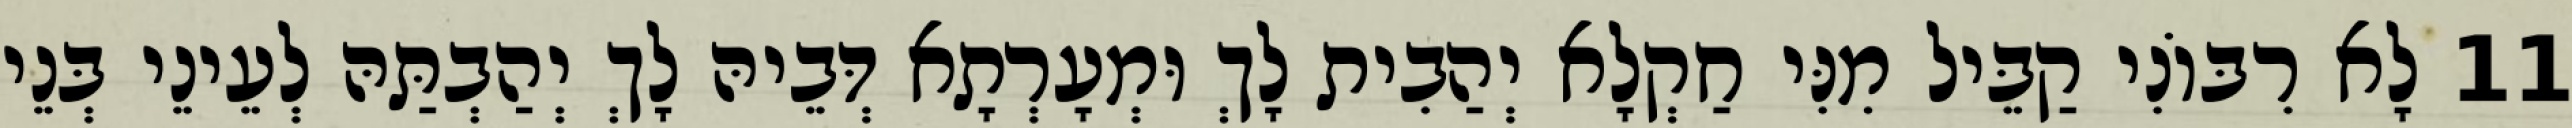
11 לָא רִבּוֹנִי קַבֵּיל מִנִּי חַקְלָא יְהַבִית לָךְ וּמְעָרְתָא דְּבֵיהּ לָךְ יְהַבְתַּהּ לְעֵינֵי בְּנֵי